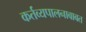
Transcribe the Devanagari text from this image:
कर्तव्यपालनाबाबत